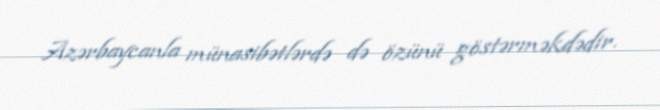
Azərbaycanla münasibətlərdə də özünü göstərməkdədir.